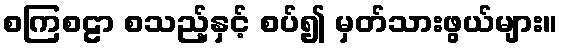
စကြစဠာ စသည့်နှင့် စပ်၍ မှတ်သားဖွယ်များ။